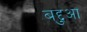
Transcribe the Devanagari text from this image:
बद्दुआ